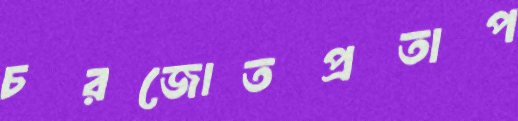
চরজোতপ্রতাপ